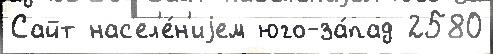
Сайт нас'ел'е́н'иjем юго-за́пад 2580